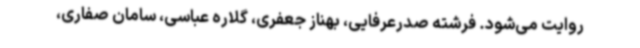
روایت می‌شود. فرشته صدرعرفایی، بهناز جعفری، گلاره عباسی، سامان صفاری،